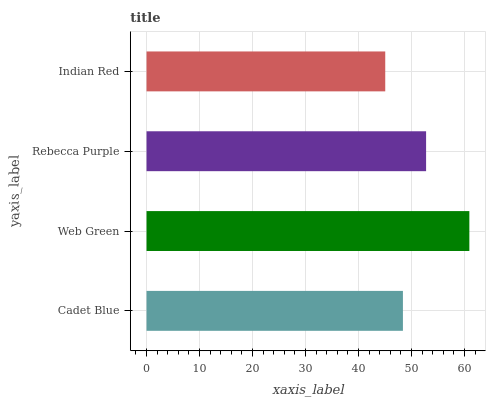
| yaxis_label | bars |
 | --- | --- |
 | Cadet Blue | 48.4 |
 | Web Green | 60.9 |
 | Rebecca Purple | 52.8 |
 | Indian Red | 45 |